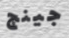
جينج